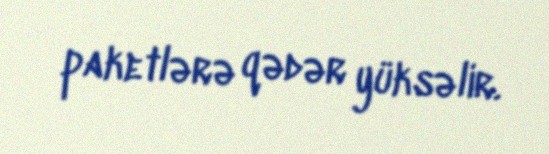
paketlərə qədər yüksəlir.